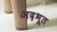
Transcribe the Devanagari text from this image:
अद़भूत